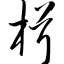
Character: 楫